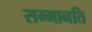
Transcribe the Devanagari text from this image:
सम्मानति